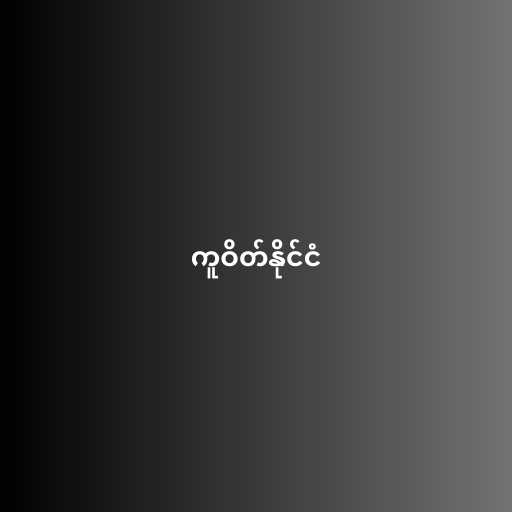
ကူဝိတ်နိုင်ငံ